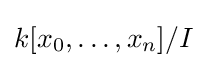
k[x_{0},\ldots ,x_{n}]/I